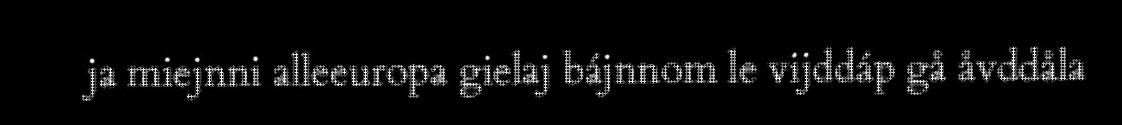
ja miejnni alleeuropa gielaj bájnnom le vijddáp gå åvddåla